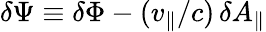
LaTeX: \delta\Psi\equiv\delta\Phi-(v_{\| }/c)\, \delta A_{\| }